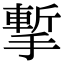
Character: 㨻